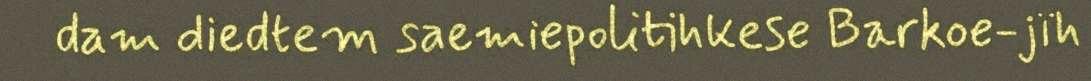
dam diedtem saemiepolitihkese Barkoe-jïh